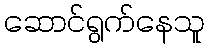
ဆောင်ရွက်နေသူ